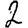
Digit: 2